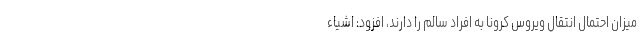
میزان احتمال انتقال ویروس کرونا به افراد سالم را دارند، افزود: اشیاء